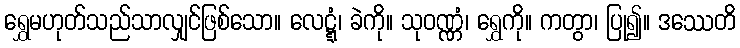
ရွှေမဟုတ်သည်သာလျှင်ဖြစ်သော။ လေဋ္ဋံ၊ ခဲကို။ သုဝဏ္ဏံ၊ ရွှေကို။ ကတွာ၊ ပြု၍။ ဒဿေတိ